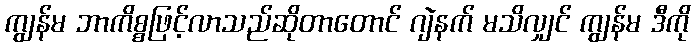
ကျွန်မ ဘာကိစ္စဖြင့်လာသည်ဆိုတာတောင် ဂျဲနက် မသိလျှင် ကျွန်မ ဒီကို